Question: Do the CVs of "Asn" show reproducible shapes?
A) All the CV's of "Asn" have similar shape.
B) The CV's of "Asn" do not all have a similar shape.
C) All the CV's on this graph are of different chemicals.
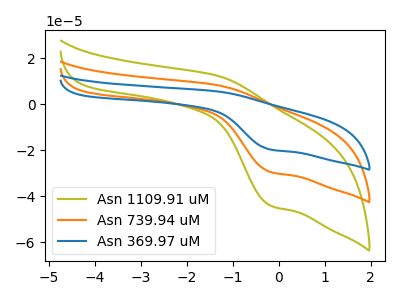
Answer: <think>The olive curve "Asn 1109.91 uM" has an anodic peak at (-1.30V, 16.40uA) and a cathodic peak at (-0.20V, -58.85uA). The orange curve "Asn 739.94 uM" has an anodic peak at (-1.30V, 8.20uA) and a cathodic peak at (-0.20V, -29.45uA). The blue curve "Asn 369.97 uM" has an anodic peak at (-1.30V, 5.50uA) and a cathodic peak at (-0.20V, -19.70uA).
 All the peaks in "Asn 1109.91 uM" have a peak in "Asn 739.94 uM" at the same potential. Every peak in "Asn 1109.91 uM" is higher than every peak in "Asn 739.94 uM". All the peaks in "Asn 1109.91 uM" have a peak in "Asn 369.97 uM" at the same potential. Every peak in "Asn 1109.91 uM" is higher than every peak in "Asn 369.97 uM". All the peaks in "Asn 739.94 uM" have a peak in "Asn 369.97 uM" at the same potential. Every peak in "Asn 739.94 uM" is higher than every peak in "Asn 369.97 uM".</think>
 <answer>A) All the CV's of "Asn" have similar shape.</answer>
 <eval>A</eval>